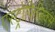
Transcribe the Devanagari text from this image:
एस्ट्रोफ़िज़िक्स